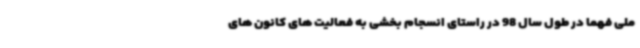
ملی فهما در طول سال 98 در راستای انسجام بخشی به فعالیت های کانون های